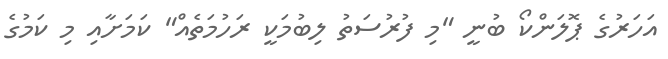
އަހަރުގެ ޕޮލަންކޯ ބުނީ "މި ފުރުސަތު ލިބުމަކީ ރަހުމަތެއް" ކަމަށާއި މި ކަމުގެ